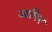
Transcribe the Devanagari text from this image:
आधिन